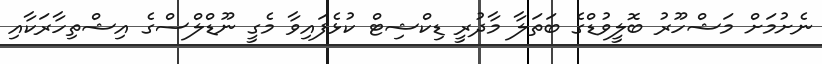
ނެށުމަށް މަޝްހޫރު ބޮލީވުޑްގެ ބަތަލާ މާދުރީ ޑިކްޝިޓް ކުޅެފައިވާ މެގީ ނޫޑްލްސްގެ އިޝްތިހާރަކާއި